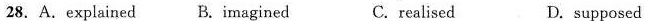
28. A.explained B.Imagined C. realised D. supposed